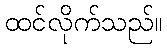
ထင်လိုက်သည်။